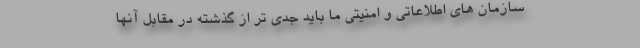
سازمان های اطلاعاتی و امنیتی ما باید جدی تر از گذشته در مقابل آنها